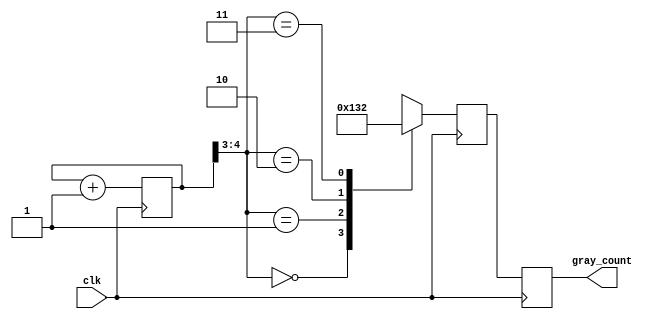
module gray_counter_clock_divider (
    input wire clk,
    output reg [3:0] gray_count
);

reg [4:0] count;
reg [4:0] gray_register;

always @(posedge clk) begin
    count <= count + 1;
    
    case(count[4:3])
        2'b00: gray_register <= 2'b00;
        2'b01: gray_register <= 2'b01;
        2'b10: gray_register <= 2'b11;
        2'b11: gray_register <= 2'b10;
    endcase
end

always @(posedge clk) begin
    gray_count <= gray_register[3:0];
end

endmodule